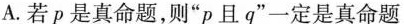
A.若p是真命题，则”p且q”一定是真命题